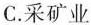
C. 采矿业